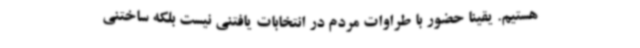
هستیم. یقینا حضور با طراوات مردم در انتخابات یافتنی نیست بلکه ساختنی